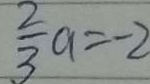
\frac { 2 } { 3 } a = - 2